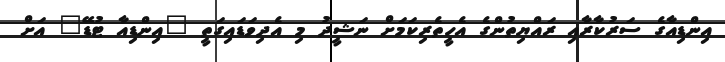
އިންޑިއާގެ ސަރުކާރާއި ރައްޔިތުންގެ އެހީތެރިކަމަށް ނަޝީދު މި އެދިވަޑައިގަތީ "އިންޑިއާ ޓުޑޭ" އަށް